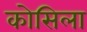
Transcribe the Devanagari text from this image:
कोसिला